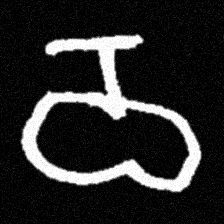
Pyu character \u2014 Myanmar letter: ဝ (romanized: wa)